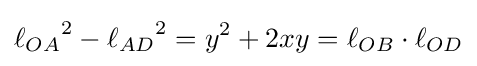
{\ell _{OA}}^{2}-{\ell _{AD}}^{2}=y^{2}+2xy=\ell _{OB}\cdot \ell _{OD}